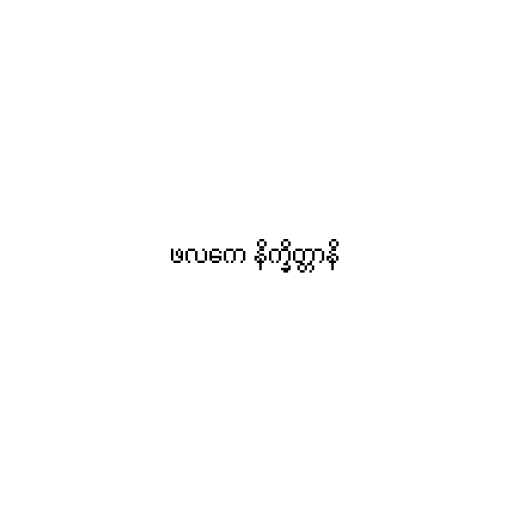
ဖလကေ နိက္ခိတ္တာနိ